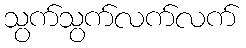
သွက်သွက်လက်လက်